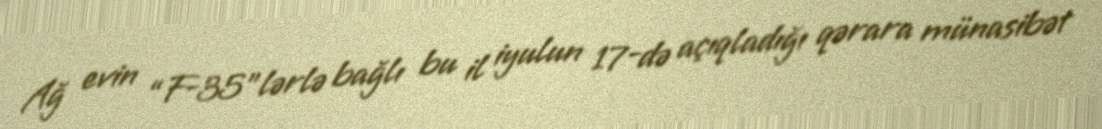
Ağ evin “F-35”lərlə bağlı bu il iyulun 17-də açıqladığı qərara münasibət